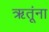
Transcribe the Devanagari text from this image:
ऋतूंना